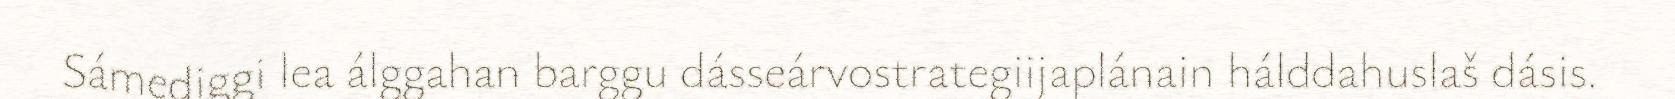
Sámediggi lea álggahan barggu dásseárvostrategiijaplánain hálddahuslaš dásis.